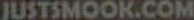
JUSTSMOOK.COM